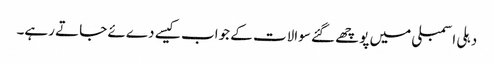
دہلی اسمبلی میں پوچھے گئے سوالات کے جواب کیسے دےئے جاتے رہے۔